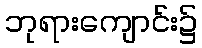
ဘုရားကျောင်း၌